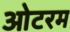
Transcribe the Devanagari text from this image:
ओटरम